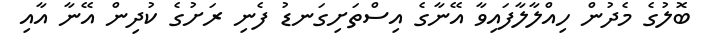
ބޮލުގެ މެދުން ހިއްލާލާފައިވާ އޭނާގެ އިސްތަށިގަނޑު ފެނި ރަށުގެ ކުދިން އޭނާ އާއި